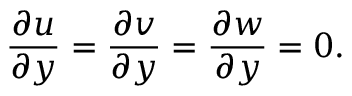
\frac { \partial u } { \partial y } = \frac { \partial v } { \partial y } = \frac { \partial w } { \partial y } = 0 .